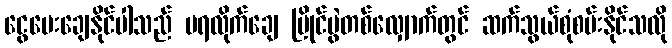
ငွေပေးချေနိုင်ပါသည် မရလိုက်ချေ ပြိုင်ပွဲတစ်လျှောက်တွင် ဆက်သွယ်စုံစမ်းနိုင်သလို